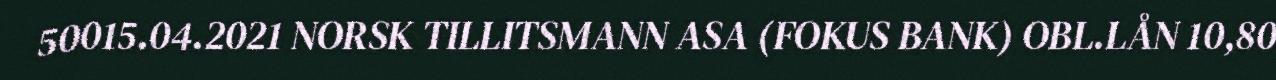
50015.04.2021 NORSK TILLITSMANN ASA (FOKUS BANK) OBL.LÅN 10,80